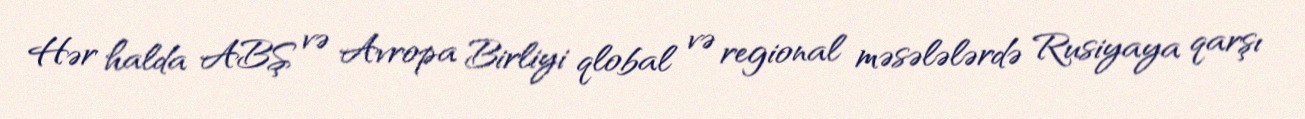
Hər halda ABŞ və Avropa Birliyi qlobal və regional məsələlərdə Rusiyaya qarşı